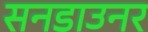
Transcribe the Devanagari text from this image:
सनडाउनर